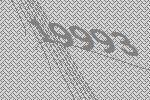
19993